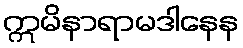
ဣမိနာရာမဒါနေန